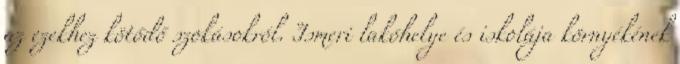
az ezekhez kötődő szokásokról. Ismeri lakóhelye és iskolája környékének